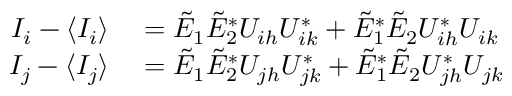
\begin{array} { r l } { I _ { i } - \langle I _ { i } \rangle } & { { } = \Tilde { E } _ { 1 } \Tilde { E } _ { 2 } ^ { * } U _ { i h } U _ { i k } ^ { * } + \Tilde { E } _ { 1 } ^ { * } \Tilde { E } _ { 2 } U _ { i h } ^ { * } U _ { i k } } \\ { I _ { j } - \langle I _ { j } \rangle } & { { } = \Tilde { E } _ { 1 } \Tilde { E } _ { 2 } ^ { * } U _ { j h } U _ { j k } ^ { * } + \Tilde { E } _ { 1 } ^ { * } \Tilde { E } _ { 2 } U _ { j h } ^ { * } U _ { j k } } \end{array}